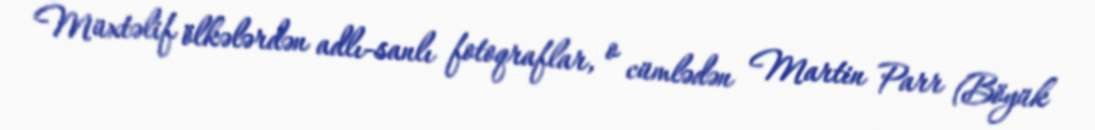
Müxtəlif ölkələrdən adlı-sanlı fotoqraflar, o cümlədən Martin Parr (Böyük